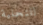
للتحلية